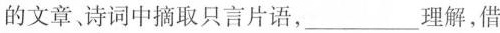
的文章诗词中摘取只言片语，___理解，借题